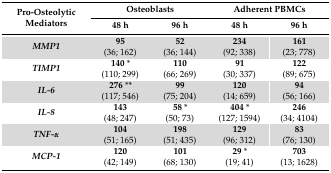
| <ROWSPAN=2> Pro-Osteolytic Mediators | <COLSPAN=2> Osteoblasts | <COLSPAN=2> Adherent PBMCs |
 | 48 h | 96 h | 48 h | 96 h |
 | --- | --- | --- | --- | --- |
 | MMP1 | 95(36; 162) | 52(36; 144) | 234(92; 338) | 161(23; 778) |
 | TIMP1 | 140 *(110; 299) | 110(66; 269) | 91(30; 337) | 122(89; 675) |
 | IL-6 | 276 **(117; 546) | 99(75; 204) | 120(14; 659) | 94(56; 166) |
 | IL-8 | 143(48; 247) | 58 *(50; 73) | 404 *(127; 1594) | 246(34; 4104) |
 | TNF-α | 104(51; 165) | 198(51; 435) | 129(96; 312) | 83(76; 130) |
 | MCP-1 | 120(42; 149) | 101(68; 130) | 29 *(19; 41) | 703(13; 1628) |